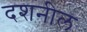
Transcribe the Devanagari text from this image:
दशनील